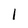
Character: 1